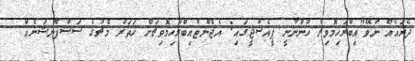
ދެރައެއް ނުވޭ"އިބްރަހިމޮވިޗް ހުންނާނީ ޕީއެސްޖީގައި: އެޖެންޓްއިބްރަހިމޮވިޗަށް ހަތަރު މެޗުގެ ސަސްޕެންޝަނެއް